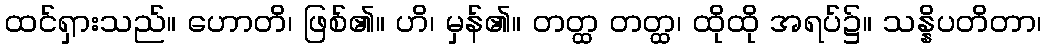
ထင်ရှားသည်။ ဟောတိ၊ ဖြစ်၏။ ဟိ၊ မှန်၏။ တတ္ထ တတ္ထ၊ ထိုထို အရပ်၌။ သန္နိပတိတာ၊